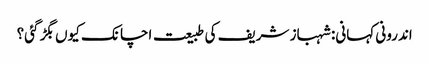
اندرونی کہانی: شہباز شریف کی طبیعت اچانک کیوں بگڑ گئی؟